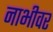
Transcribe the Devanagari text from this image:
नाभीवर